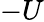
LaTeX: -U